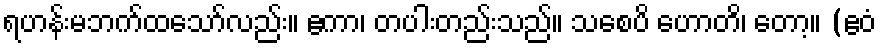
ရဟန်းမဘက်ထသော်လည်း။ ဧကာ၊ တပါးတည်းသည်။ သစေပိ ဟောတိ၊ တော့။ (ဧဝံ